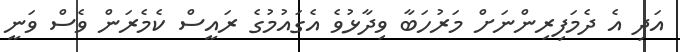
އަދި އެ ދެމަފިރިންނަށް މަރުހަބާ ވިދާޅުވެ އެގައުމުގެ ރައީސް ކެމެރަން ވެސް ވަނީ